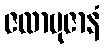
ဇလာဗုဇာနံ